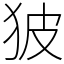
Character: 狓